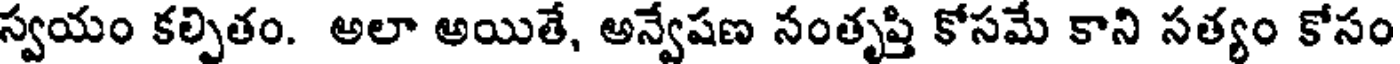
స్వయం కల్పితం. అలా అయితే, అన్వేషణ సంతృప్తి కోసమే కాని సత్యం కోసం